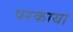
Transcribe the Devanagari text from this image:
परकाया